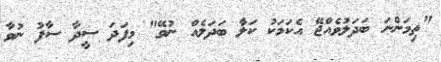
"ތިމަންނަ ބަދަލުވެއްޖޭ އެކަމަކު ކަލާ ބަދަލެއް ނުވޭ" މިފަދަ ސީދާ ސާފު ނުވާ